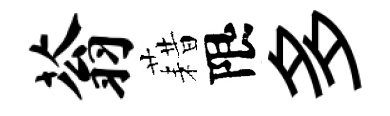
蓊藉限多